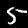
Digit: 5